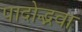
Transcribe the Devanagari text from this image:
पादोद्भवा